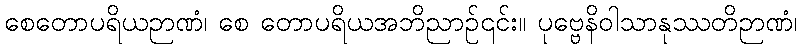
စေတောပရိယဉာဏံ၊ စေ တောပရိယအဘိညာဉ်၎င်း။ ပုဗ္ဗေနိဝါသာနုဿတိဉာဏံ၊